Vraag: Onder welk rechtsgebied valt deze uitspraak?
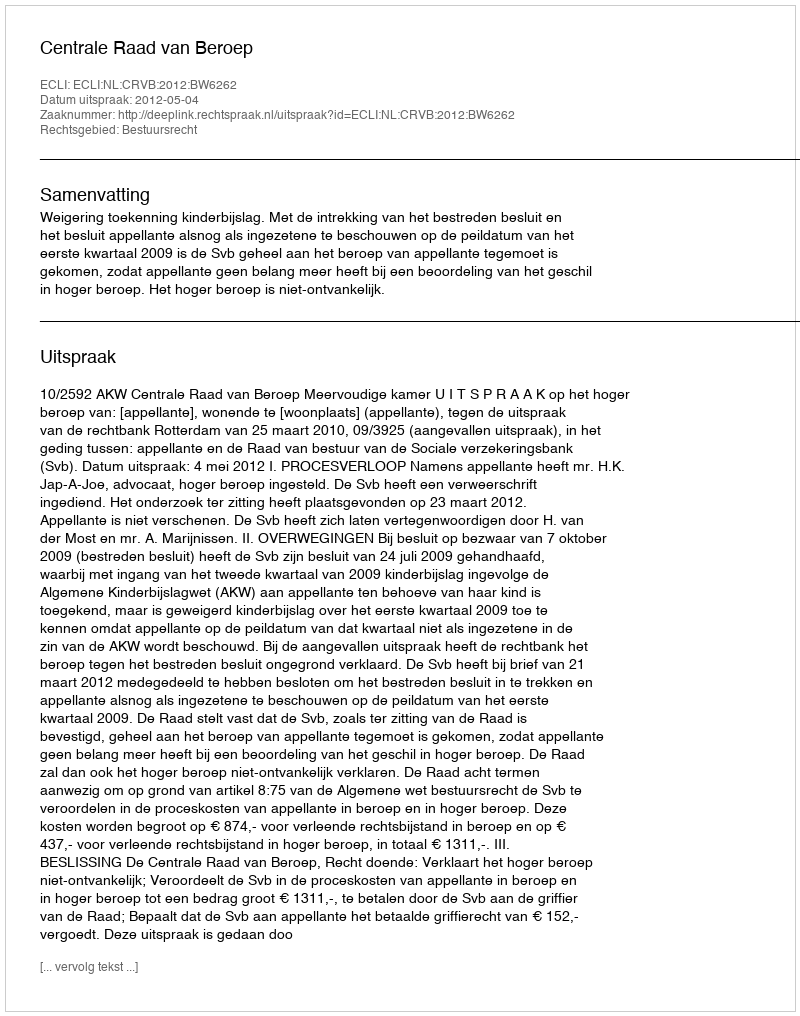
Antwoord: Bestuursrecht